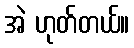
အဲ ဟုတ်တယ်။